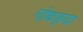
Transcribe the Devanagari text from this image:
गोधड्या